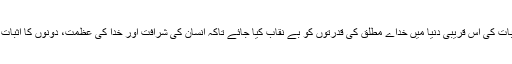
یعنی یہ کہ تجربات کی اس قریبی دنیا میں خداے مطلق کی قدرتوں کو بے نقاب کیا جائے تاکہ انسان کی شرافت اور خدا کی عظمت، دونوں کا اثبات عمل میں آئے‘‘۔